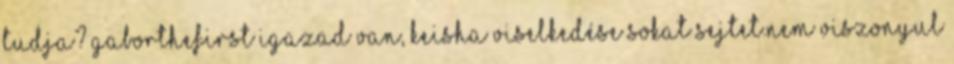
tudja? gaborthefirst Igazad van, Keisha viselkedése sokat sejtet.Nem viszonyul